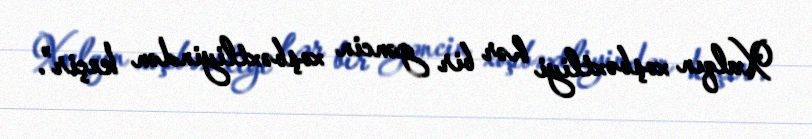
Xalqın xoşbəxtliyi hər bir gəncin xoşbəxtliyindən keçir”.